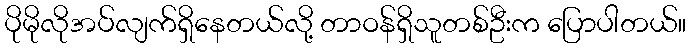
ပိုမိုလိုအပ်လျက်ရှိနေတယ်လို့ တာဝန်ရှိသူတစ်ဦးက ပြောပါတယ်။